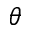
\theta